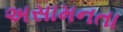
અસામનતા